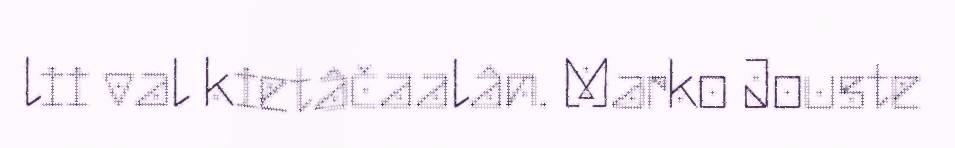
lii val kietâčaalân. Marko Jouste